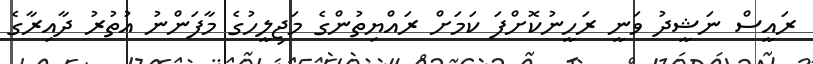
ރައީސް ނަޝީދު ވަނީ ރަހީނުކޮށްފަ ކަމަށް ރައްޔިތުންގެ މަޖިލީހުގެ މާފަންނު އުތުރު ދާއިރާގެ